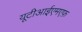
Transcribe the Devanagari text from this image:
यूटीआईएमएफ़